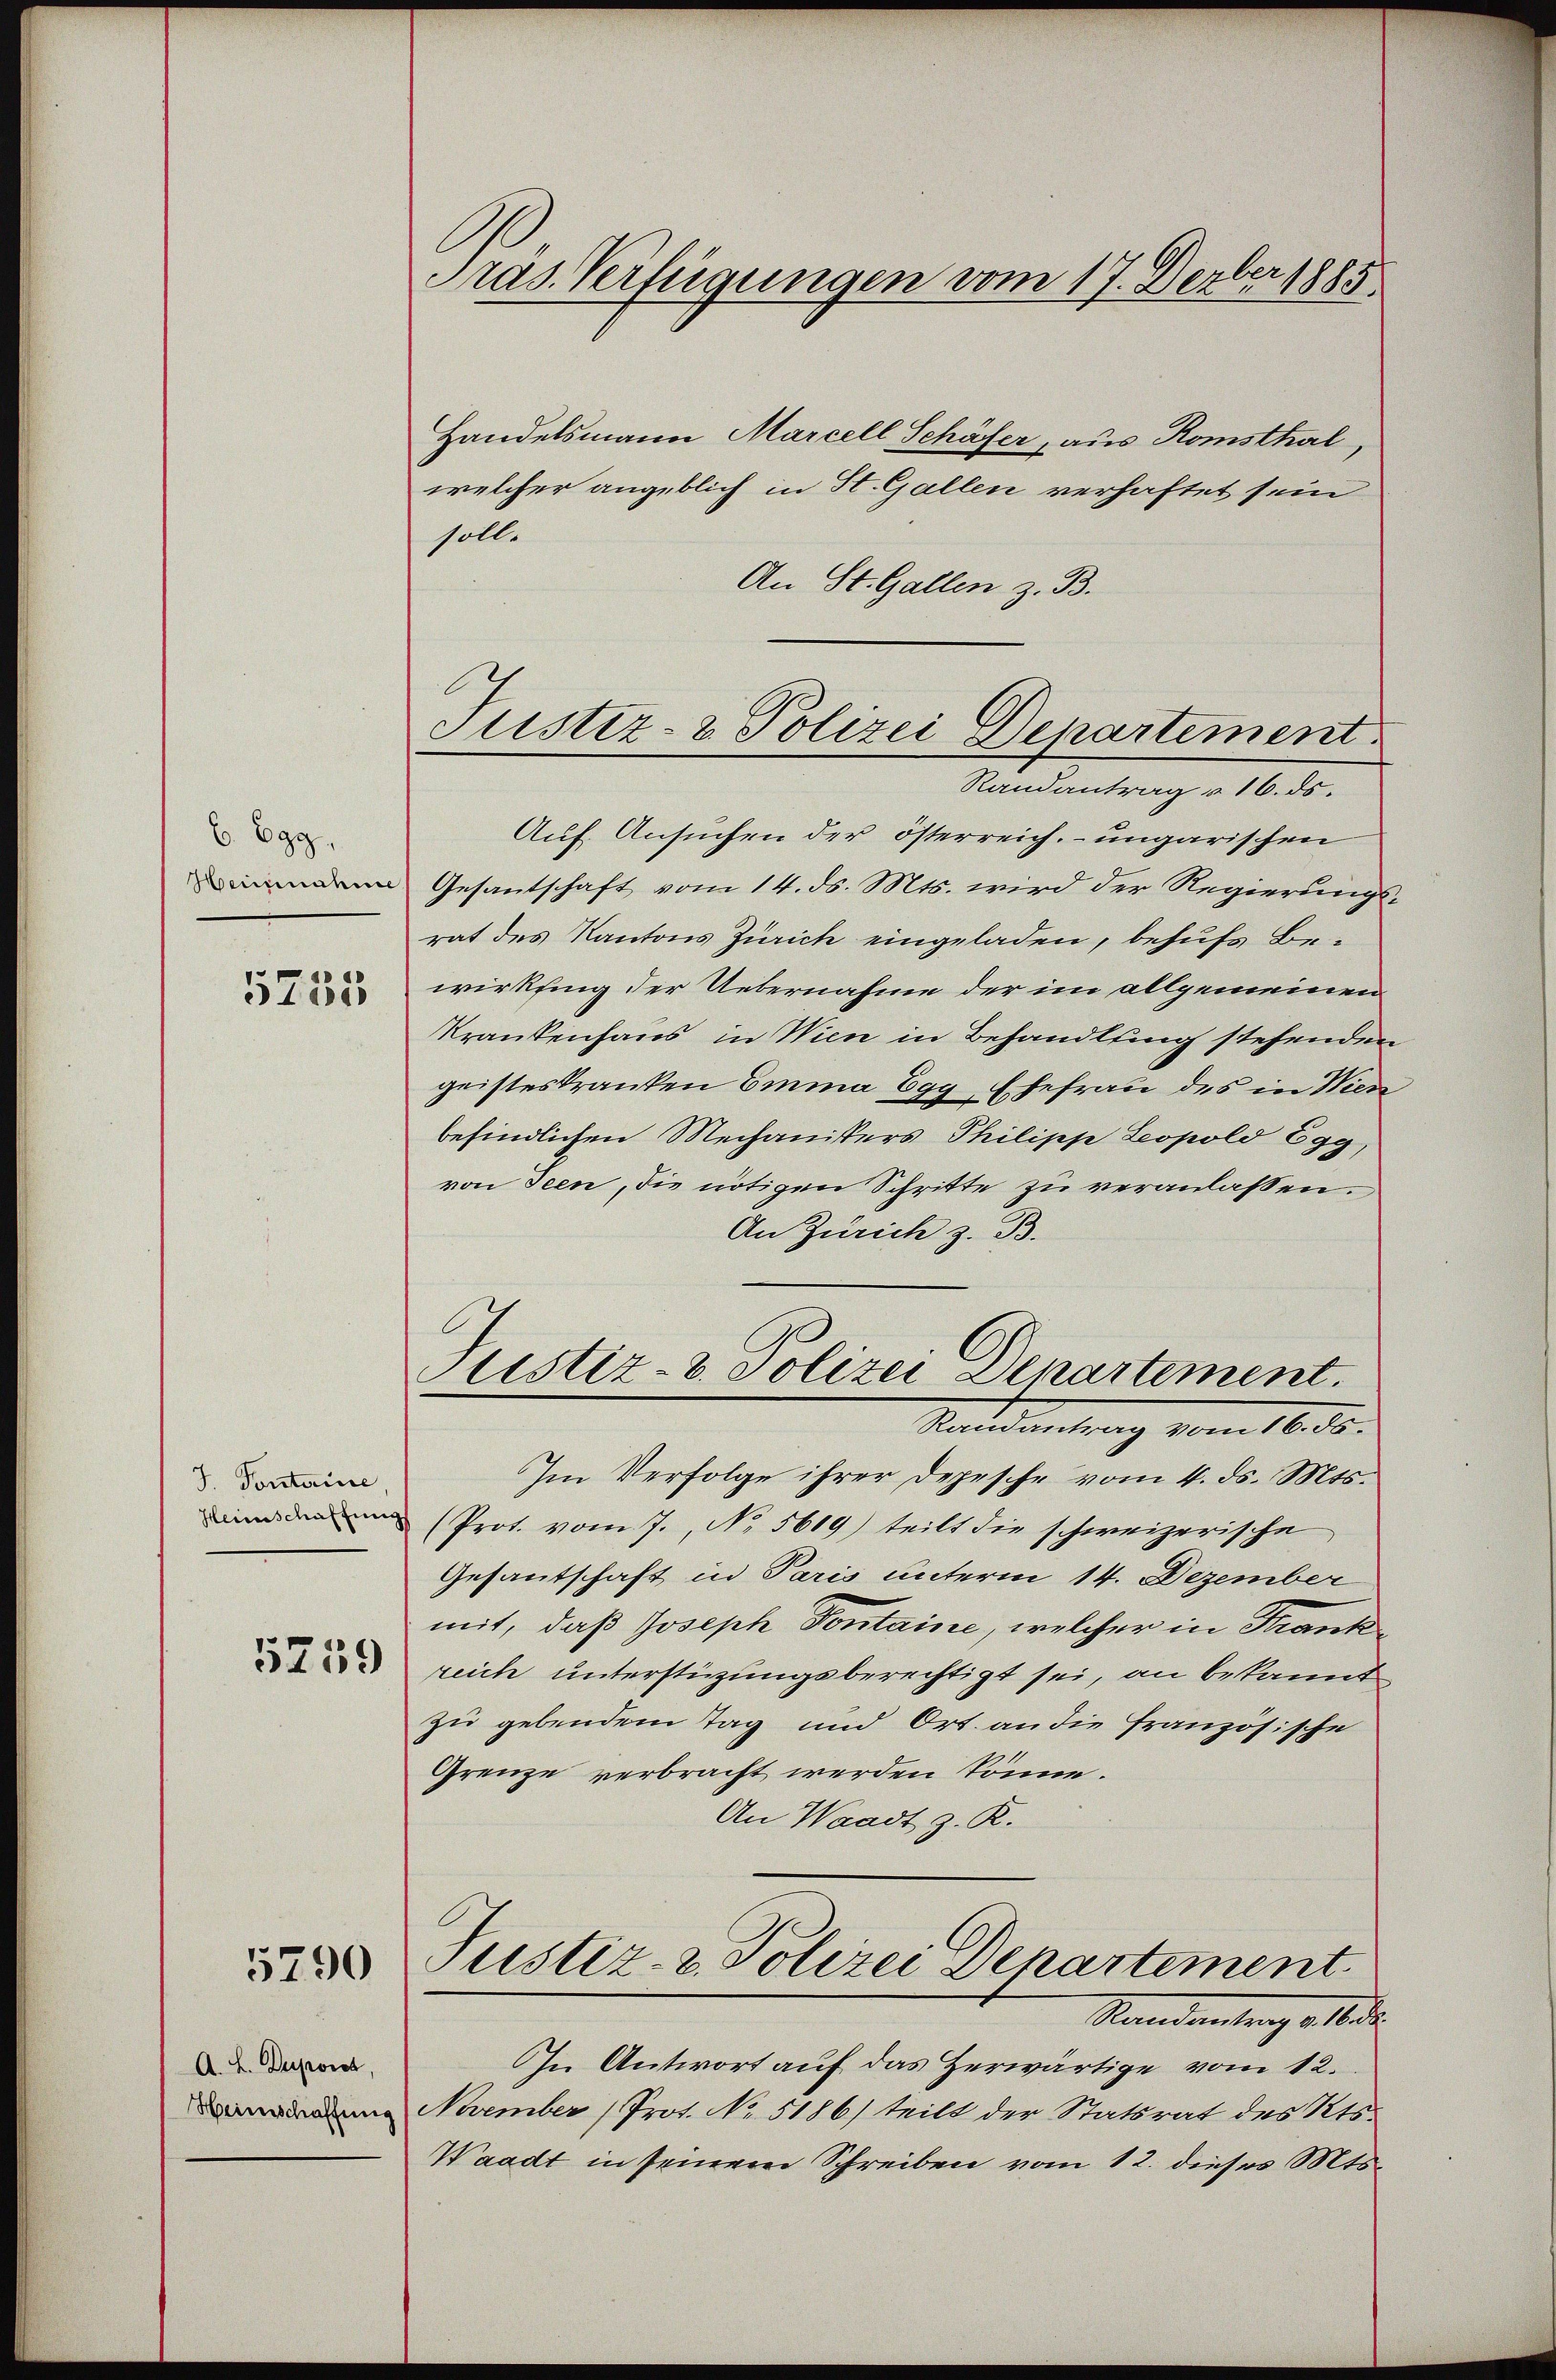
b. Egg.
Heinnahme

5755

J. Pontaine
Heinschaffung

5759

5790

A. L. Duporch,
Heimschaffung

Präs. Verfügungen vom 17. Derber 1885

Justiz- & Polizei Departement.
Randantrag u. 16. ds.

Handelsmann Marcell Schäfer, aus Romsthal,
welcher angeblich in St. Gallen verhaftet sein
solle
An St. Gallen z. B.
Auf Ansuchen der österreich. ungarischen
Gesantschaft vom 14. ds. Mts. wird der Regierungs-
rat des Kantons Zürich eingeladen, behufs Bewirkling der Uebernahme der im allgemeinen
Krankenhaus in Wien in Behandlung stehenden
geisteskranken Emma Egg, Ehefrau des in Wien
befindlichen Mechanisters Philippe Leopold Egg,
von Seen, die nötigen Schritte zu veranlassen.
An Zürich z. B.
Justiz- & Polizei Departement.
Rades antrag vom 16. ds.
Im Verfolge ihrer Depesche vom 4. ds. Mts.
(Prot. vom 7. No 5609) teilt die schweizerische
Gesantschaft in Paris unterm 14. Dezember
mit, daß Joseph Pontaine, welcher in Trank
reich unterstüzungsberechtigt sei, an bekannt
zu gebendem Tag und Ort. an die französische
Grenze verbracht werden könne.
An Waadt z. R.
Justiz- & Polizei Denartement.
Standentrag d. d.
In Antwort auf das Herwärtige vom 12.
November (Prot. No. 5186) teilt der Statsrat des Kts.
Waadt in seinem Schreiben vom 12. dieses Mts.